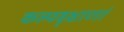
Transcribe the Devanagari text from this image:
कल्पवृक्षाणां